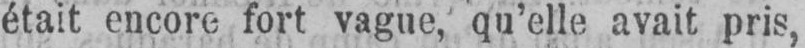
était encore fort vague, qu’elle avait pris,